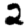
Digit: 2